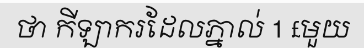
ថា កីឡាករដែលភ្នាល់ 1 £មួយ